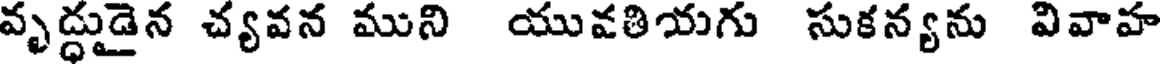
వృద్దుడైన చ్యవన ముని యువతియగు సుకన్యను వివాహ